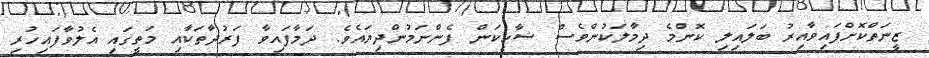
ޒީނަތްކޮށްފައިވާއިރު ބަލައިލި ކޮންމެ ދިމާލަކުންވެސް ޝާހީކަން ފެންނަމުންދިޔައެވެ. ދަމާފައިވާ ފަރުދާތަކާއި މަތީގައި އެލުވާފައިހުރި